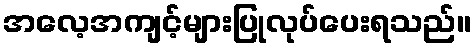
အလေ့အကျင့်များပြုလုပ်ပေးရသည်။